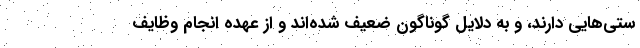
ستی‌هایی دارند، و به دلایل گوناگون ضعیف شده‌اند و از عهده انجام وظایف